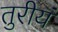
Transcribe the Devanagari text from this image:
तुरीयं